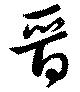
晋